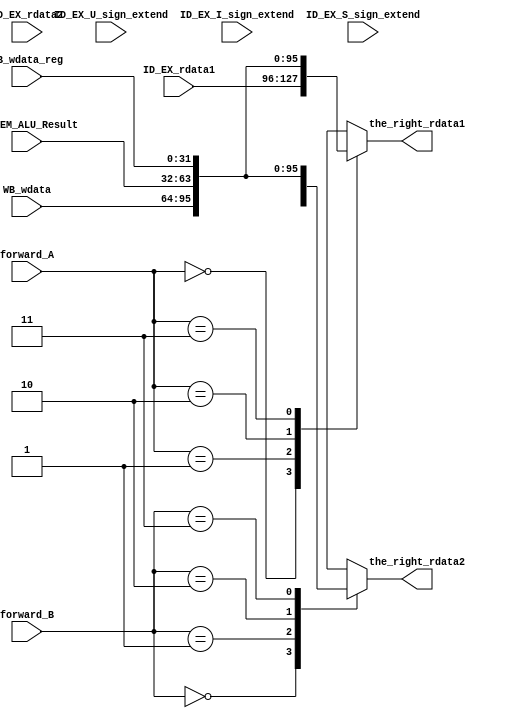
module alu_src_selector (
    // input [1:0] ID_EX_ALU_srcA,

    input [1:0] forward_A,
    input [1:0] forward_B,

    input [31:0] ID_EX_rdata1,
    input [31:0] ID_EX_rdata2,
    input [31:0] EX_MEM_ALU_Result,
    input [31:0] WB_wdata,
    input [31:0] WB_wdata_reg,
    input [31:0] ID_EX_U_sign_extend,
    input [31:0] ID_EX_I_sign_extend,
    input [31:0] ID_EX_S_sign_extend,

    // output reg [31:0] alu_a,
    // output reg [31:0] alu_b,

    output reg [31:0] the_right_rdata1,
    output reg [31:0] the_right_rdata2

    );


    // get the real read datas


    always @ ( * ) begin
        case(forward_A)
            2'b00: the_right_rdata1 = ID_EX_rdata1;
            2'b01: the_right_rdata1 = WB_wdata;
            2'b10: the_right_rdata1 = EX_MEM_ALU_Result;
            2'b11: the_right_rdata1 = WB_wdata_reg;
        endcase

        case(forward_B)
            2'b00: the_right_rdata2 = ID_EX_rdata2;
            2'b01: the_right_rdata2 = WB_wdata;
            2'b10: the_right_rdata2 = EX_MEM_ALU_Result;
            2'b11: the_right_rdata2 = WB_wdata_reg;
        endcase
    end

endmodule // alu_src_selector